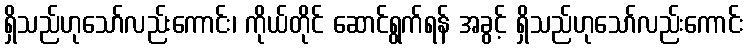
ရှိသည်ဟုသော်လည်းကောင်း၊ ကိုယ်တိုင် ဆောင်ရွက်ရန် အခွင့် ရှိသည်ဟုသော်လည်းကောင်း